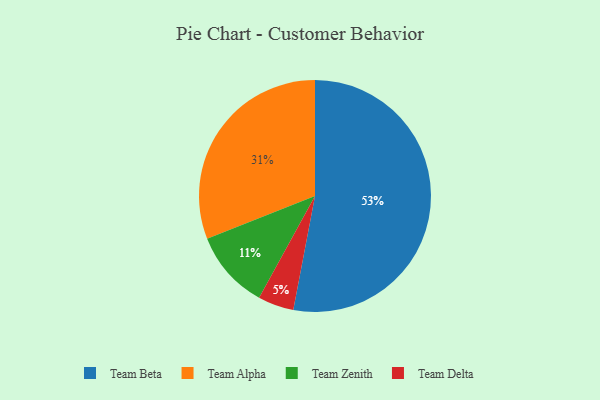
{"axis": {"x": "Category", "y": "Percentage"}, "legend": ["Team Alpha", "Team Beta", "Team Delta", "Team Zenith"], "data": [{"x": "Team Delta", "y": 5, "type": "Team Delta"}, {"x": "Team Beta", "y": 53, "type": "Team Beta"}, {"x": "Team Zenith", "y": 11, "type": "Team Zenith"}, {"x": "Team Alpha", "y": 31, "type": "Team Alpha"}]}